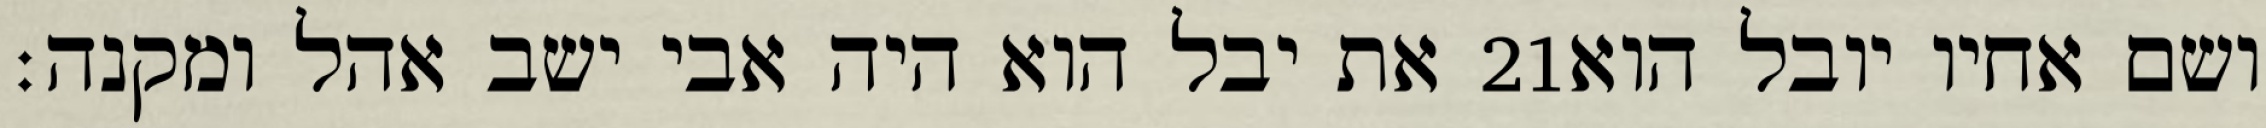
את יבל הוא היה אבי ישב אהל ומקנה׃ ‎21‏ ושם אחיו יובל הוא